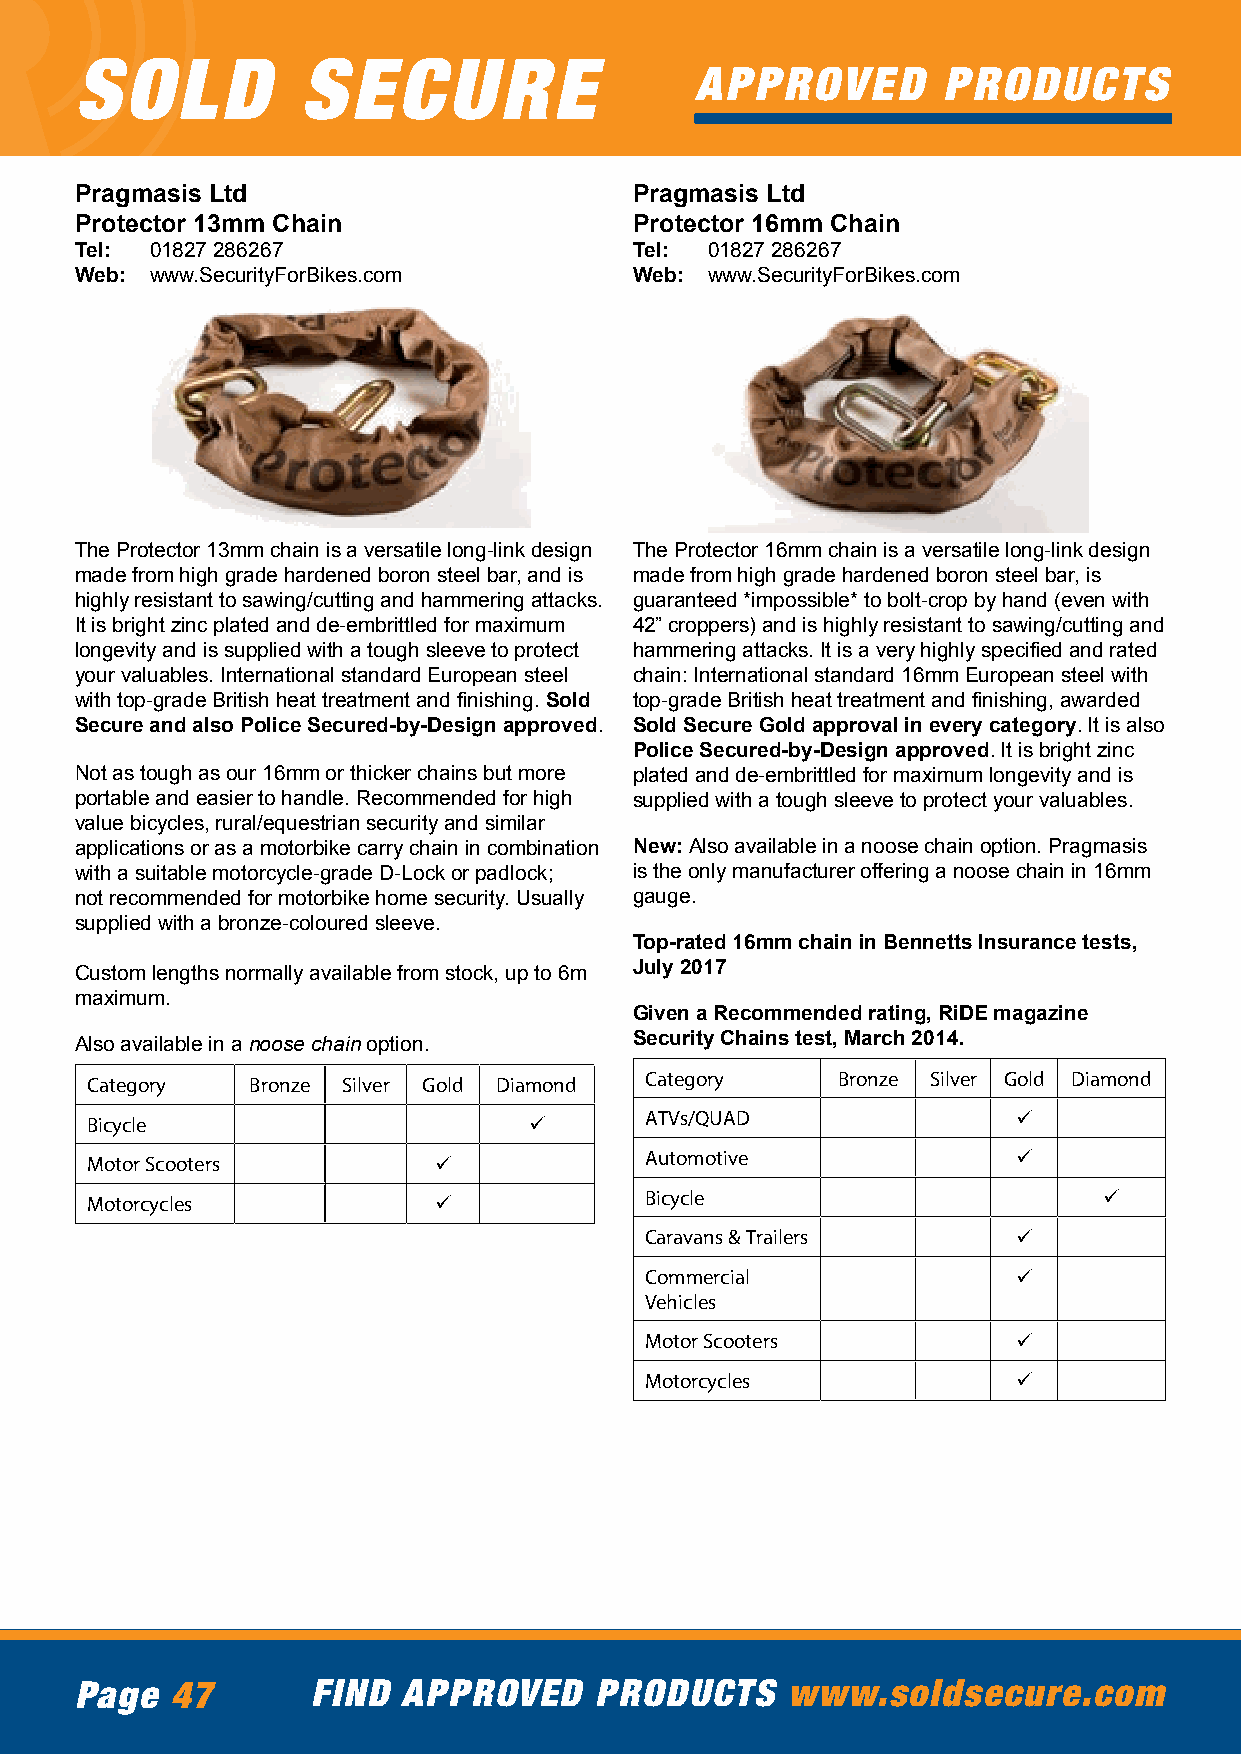
SOLD           SECURE
 APPROVED        PRODUCTS
 Pragmasis Ltd                        Pragmasis Ltd
 Protector 13mm Chain                 Protector 16mm Chain
 Tel: 01827 286267                    Tel: 01827 286267
 Web: www.SecurityForBikes.com        Web: www.SecurityForBikes.com
 The Protector 13mm chain is a versatile long-link design The Protector 16mm chain is a versatile long-link design
 made from high grade hardened boron steel bar, and is made from high grade hardened boron steel bar, is
 highly resistant to sawing/cutting and hammering attacks. guaranteed *impossible* to bolt-crop by hand (even with
 It is bright zinc plated and de-embrittled for maximum 42” croppers) and is highly resistant to sawing/cutting and
 longevity and is supplied with a tough sleeve to protect hammering attacks. It is a very highly specified and rated
 your valuables. International standard European steel chain: International standard 16mm European steel with
 with top-grade British heat treatment and finishing. Sold top-grade British heat treatment and finishing, awarded
 Secure and also Police Secured-by-Design approved. Sold Secure Gold approval in every category. It is also
 Police Secured-by-Design approved. It is bright zinc
 Not as tough as our 16mm or thicker chains but more plated and de-embrittled for maximum longevity and is
 portable and easier to handle. Recommended for high supplied with a tough sleeve to protect your valuables.
 value bicycles, rural/equestrian security and similar
 applications or as a motorbike carry chain in combination New: Also available in a noose chain option. Pragmasis
 with a suitable motorcycle-grade D-Lock or padlock; is the only manufacturer offering a noose chain in 16mm
 not recommended for motorbike home security. Usually gauge.
 supplied with a bronze-coloured sleeve.
 Top-rated 16mm chain in Bennetts Insurance tests,
 Custom lengths normally available from stock, up to 6m July 2017
 maximum.
 Given a Recommended rating, RiDE magazine
 Also available in a noose chain option. Security Chains test, March 2014.
 Category   Bronze Silver Gold Diamond Category   Bronze Silver Gold Diamond
 Bicycle                      ü       ATVs/QUAD               ü
 Motor Scooters         ü             Automotive              ü
 Motorcycles            ü             Bicycle                       ü
 Caravans & Trailers     ü
 Commercial              ü
 Vehicles
 Motor Scooters          ü
 Motorcycles             ü
 Page  47        FIND  APPROVED    PRODUCTS     www.soldsecure.com